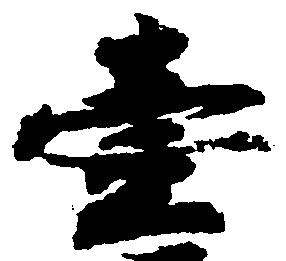
壱